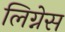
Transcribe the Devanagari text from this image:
लिग्नेस